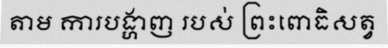
តាម ការបង្ហាញ របស់ ព្រះពោធិសត្វ